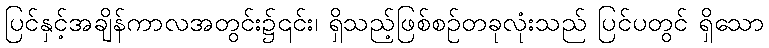
ပြင်နှင့်အချိန်ကာလအတွင်း၌၎င်း၊ ရှိသည့်ဖြစ်စဉ်တခုလုံးသည် ပြင်ပတွင် ရှိသော